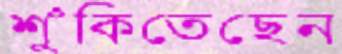
শুঁকিতেছেন